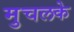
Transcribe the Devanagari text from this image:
मुचलके